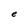
Character: e